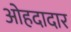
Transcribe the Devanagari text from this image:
ओहदादार